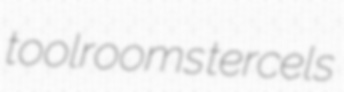
toolrooms tercels